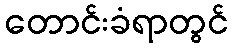
တောင်းခံရာတွင်